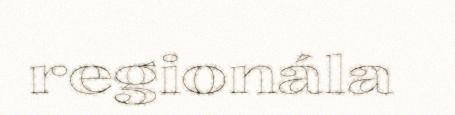
regionála